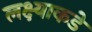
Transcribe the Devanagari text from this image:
लक्ष्याकडे